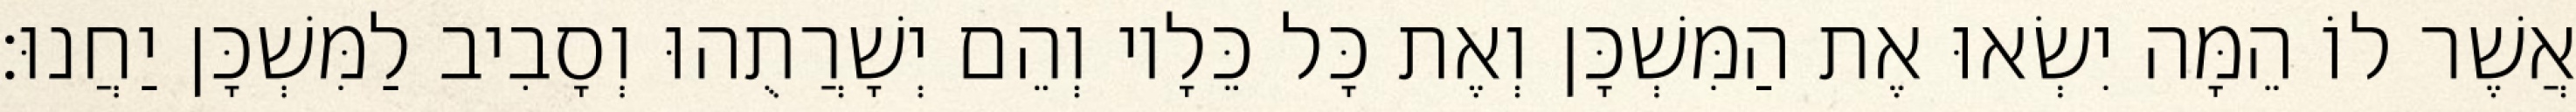
אֲשֶׁר לוֹ הֵמָּה יִשְׂאוּ אֶת הַמִּשְׁכָּן וְאֶת כָּל כֵּלָיו וְהֵם יְשָׁרֲתֻהוּ וְסָבִיב לַמִּשְׁכָּן יַחֲנוּ׃